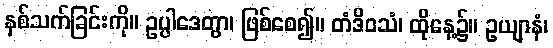
နှစ်သက်ခြင်းကို။ ဥပ္ပါဒေတွာ၊ ဖြစ်စေ၍။ တံဒိဝသံ၊ ထိုနေ့၌။ ဥယျာနံ၊